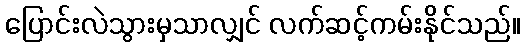
ပြောင်းလဲသွားမှသာလျှင် လက်ဆင့်ကမ်းနိုင်သည်။